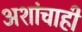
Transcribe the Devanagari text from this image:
अशांचाही